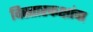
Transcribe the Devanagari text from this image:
विस्तारकक्षांचा